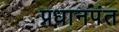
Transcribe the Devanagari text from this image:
प्रधानपंत